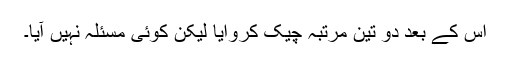
اس کے بعد دو تین مرتبہ چیک کروایا لیکن کوئی مسئلہ نہیں آیا۔